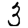
Digit: 3